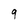
Character: 9